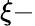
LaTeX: \xi-